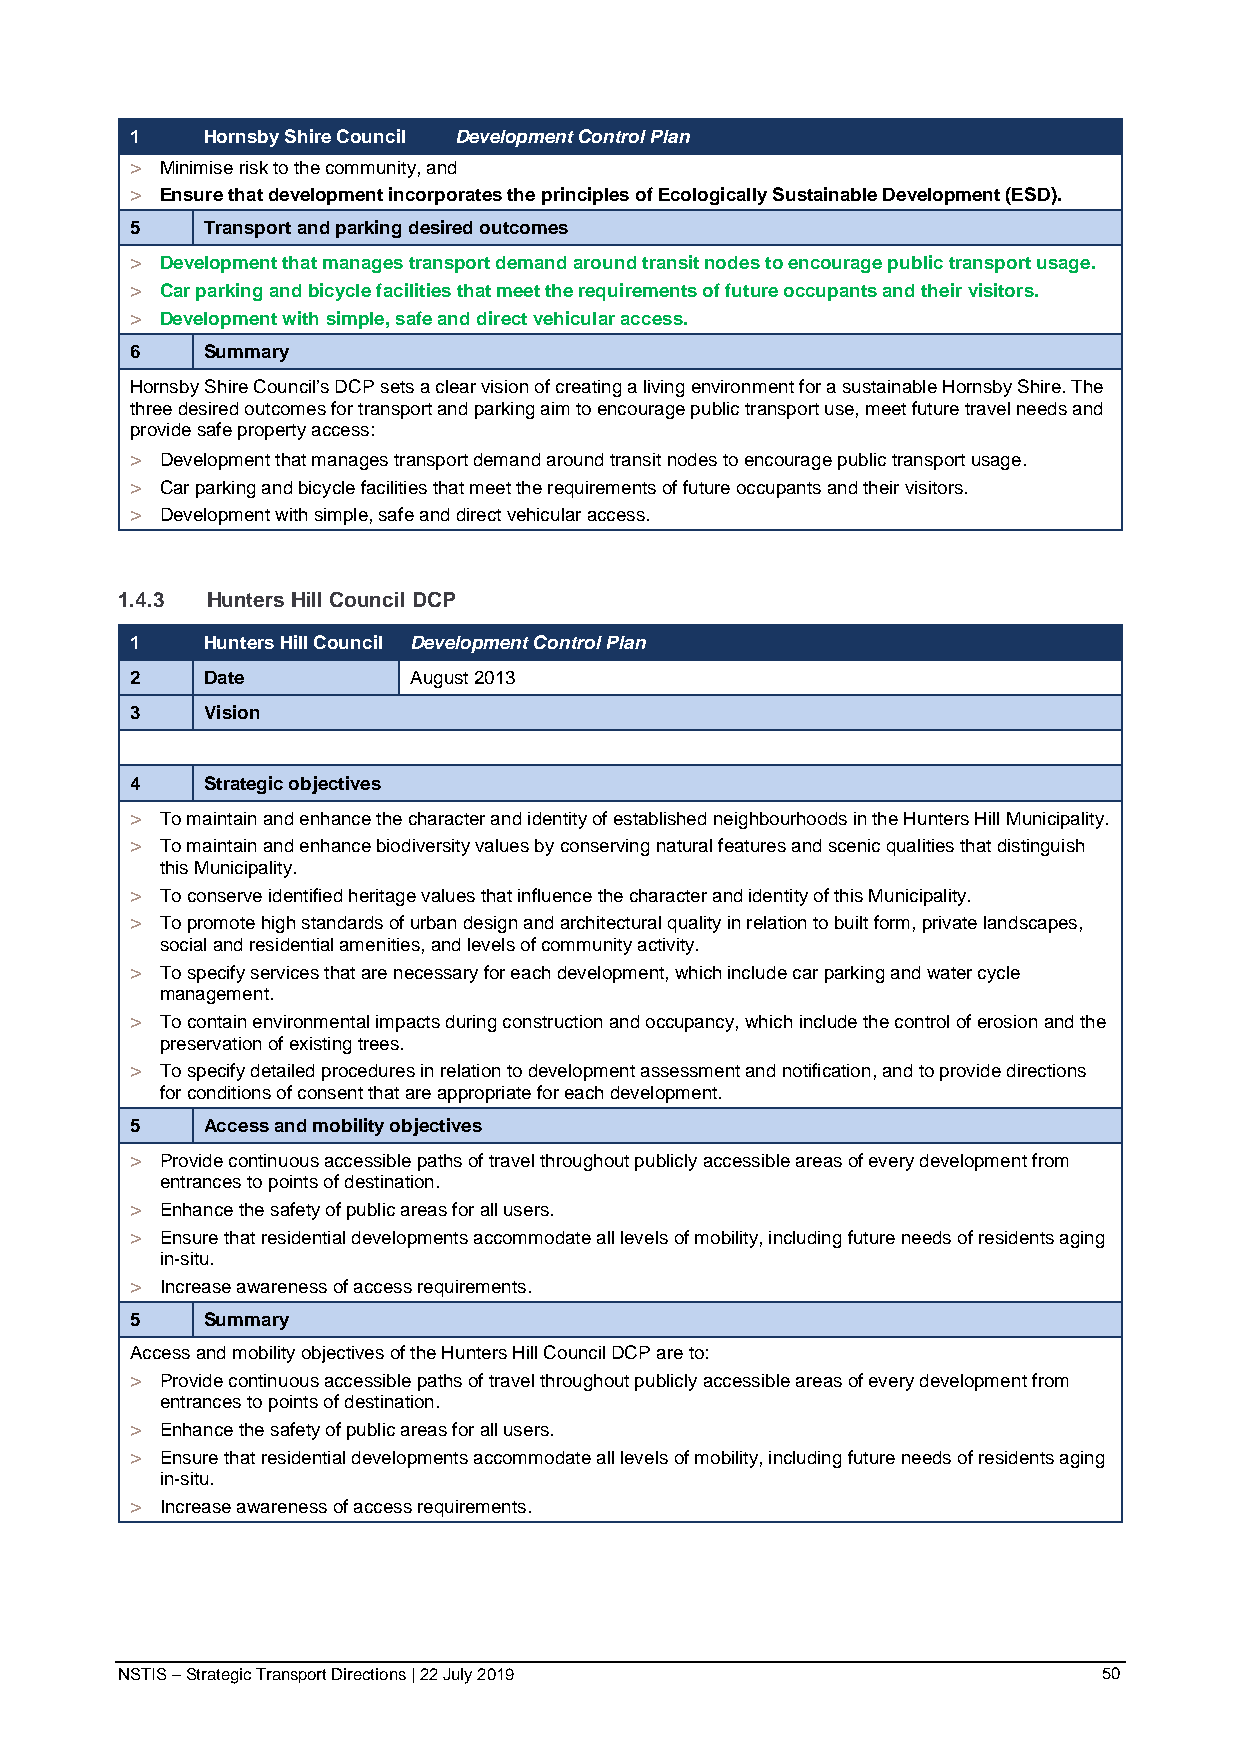
1   Hornsby Shire Council Development Control Plan
 > Minimise risk to the community, and
 > Ensure that development incorporates the principles of Ecologically Sustainable Development (ESD).
 5   Transport and parking desired outcomes
 > Development that manages transport demand around transit nodes to encourage public transport usage.
 > Car parking and bicycle facilities that meet the requirements of future occupants and their visitors.
 > Development with simple, safe and direct vehicular access.
 6   Summary
 Hornsby Shire Council’s DCP sets a clear vision of creating a living environment for a sustainable Hornsby Shire. The
 three desired outcomes for transport and parking aim to encourage public transport use, meet future travel needs and
 provide safe property access:
 > Development that manages transport demand around transit nodes to encourage public transport usage.
 > Car parking and bicycle facilities that meet the requirements of future occupants and their visitors.
 > Development with simple, safe and direct vehicular access.
 1.4.3 Hunters Hill Council DCP
 1   Hunters Hill Council Development Control Plan
 2   Date          August 2013
 3   Vision
 4   Strategic objectives
 > To maintain and enhance the character and identity of established neighbourhoods in the Hunters Hill Municipality.
 > To maintain and enhance biodiversity values by conserving natural features and scenic qualities that distinguish
 this Municipality.
 > To conserve identified heritage values that influence the character and identity of this Municipality.
 > To promote high standards of urban design and architectural quality in relation to built form, private landscapes,
 social and residential amenities, and levels of community activity.
 > To specify services that are necessary for each development, which include car parking and water cycle
 management.
 > To contain environmental impacts during construction and occupancy, which include the control of erosion and the
 preservation of existing trees.
 > To specify detailed procedures in relation to development assessment and notification, and to provide directions
 for conditions of consent that are appropriate for each development.
 5   Access and mobility objectives
 > Provide continuous accessible paths of travel throughout publicly accessible areas of every development from
 entrances to points of destination.
 > Enhance the safety of public areas for all users.
 > Ensure that residential developments accommodate all levels of mobility, including future needs of residents aging
 in-situ.
 > Increase awareness of access requirements.
 5   Summary
 Access and mobility objectives of the Hunters Hill Council DCP are to:
 > Provide continuous accessible paths of travel throughout publicly accessible areas of every development from
 entrances to points of destination.
 > Enhance the safety of public areas for all users.
 > Ensure that residential developments accommodate all levels of mobility, including future needs of residents aging
 in-situ.
 > Increase awareness of access requirements.
 NSTIS – Strategic Transport Directions | 22 July 2019            50